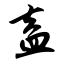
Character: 盍